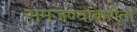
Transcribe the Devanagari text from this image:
समजण्याकरीता